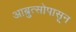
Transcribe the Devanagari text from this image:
आब्रुत्सोपासून